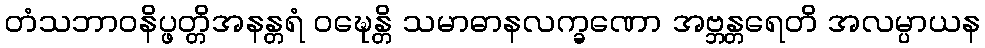
တံသဘာဝနိပ္ဖတ္တိအနန္တရံ ဝဍ္ဎေန္တိ သမာဓာနလက္ခဏော အဗ္ဘန္တရေတိ အလမ္ပာယန